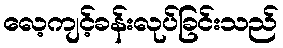
လေ့ကျင့်ခန်းလုပ်ခြင်းသည်